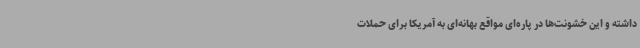
داشته و این خشونت‌ها در پاره‌ای مواقع بهانه‌ای به آمریکا برای حملات